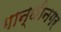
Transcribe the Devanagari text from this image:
गान्धीनगर